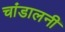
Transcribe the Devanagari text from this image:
चांडालनी